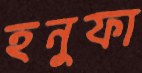
হনুফা